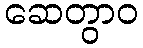
ဆေတွာဝ